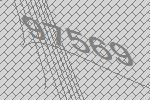
97569